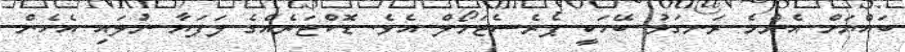
ބައްޔަށް އެންމެ ރަނގަޅު ބޭހަކީ ޕެރެސެޓަމޯލް އެވެ. ޑޮކްޓަރެއްގެ ލަފަޔާ ނުލައި އެހެން